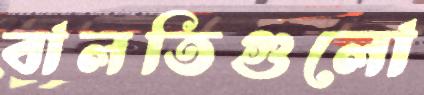
বালতিগুলো